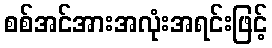
စစ်အင်အားအလုံးအရင်းဖြင့်